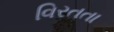
વિરતતા